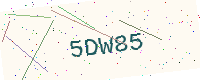
Text: 5DW85